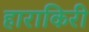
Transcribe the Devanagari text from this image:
हाराकिरी